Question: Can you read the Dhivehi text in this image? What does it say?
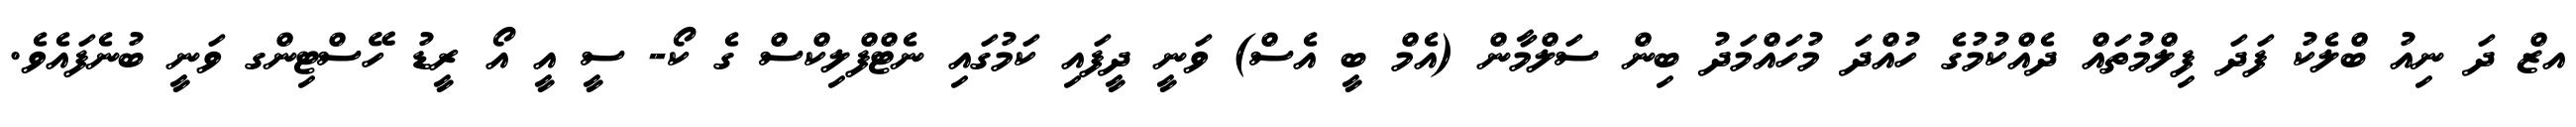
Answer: އޒް ދަ ނިއު ބްލެކު ފަދަ ފިލްމުތައް ދެއްކުމުގެ ހުއްދަ މުހައްމަދު ބިން ސަލްމާން (އެމް ބީ އެސް) ވަނީ ދީފައި ކަމުގައި ނެޓްފްލިކްސް ގެ ކޯ- ސީ އީ އޯ ރީޑު ހޭސްޓިންގ ވަނީ ބުނެފައެވެ.